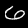
Digit: 6